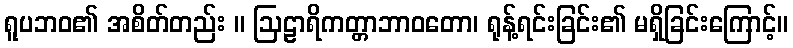
ရူပဘဝ၏ အစိတ်တည်း ။ ဩဠာရိကတ္တာဘာဝတော၊ ရုန့်ရင်းခြင်း၏ မရှိခြင်းကြောင့်။